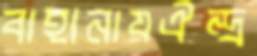
বাহানায়ঐন্দ্র